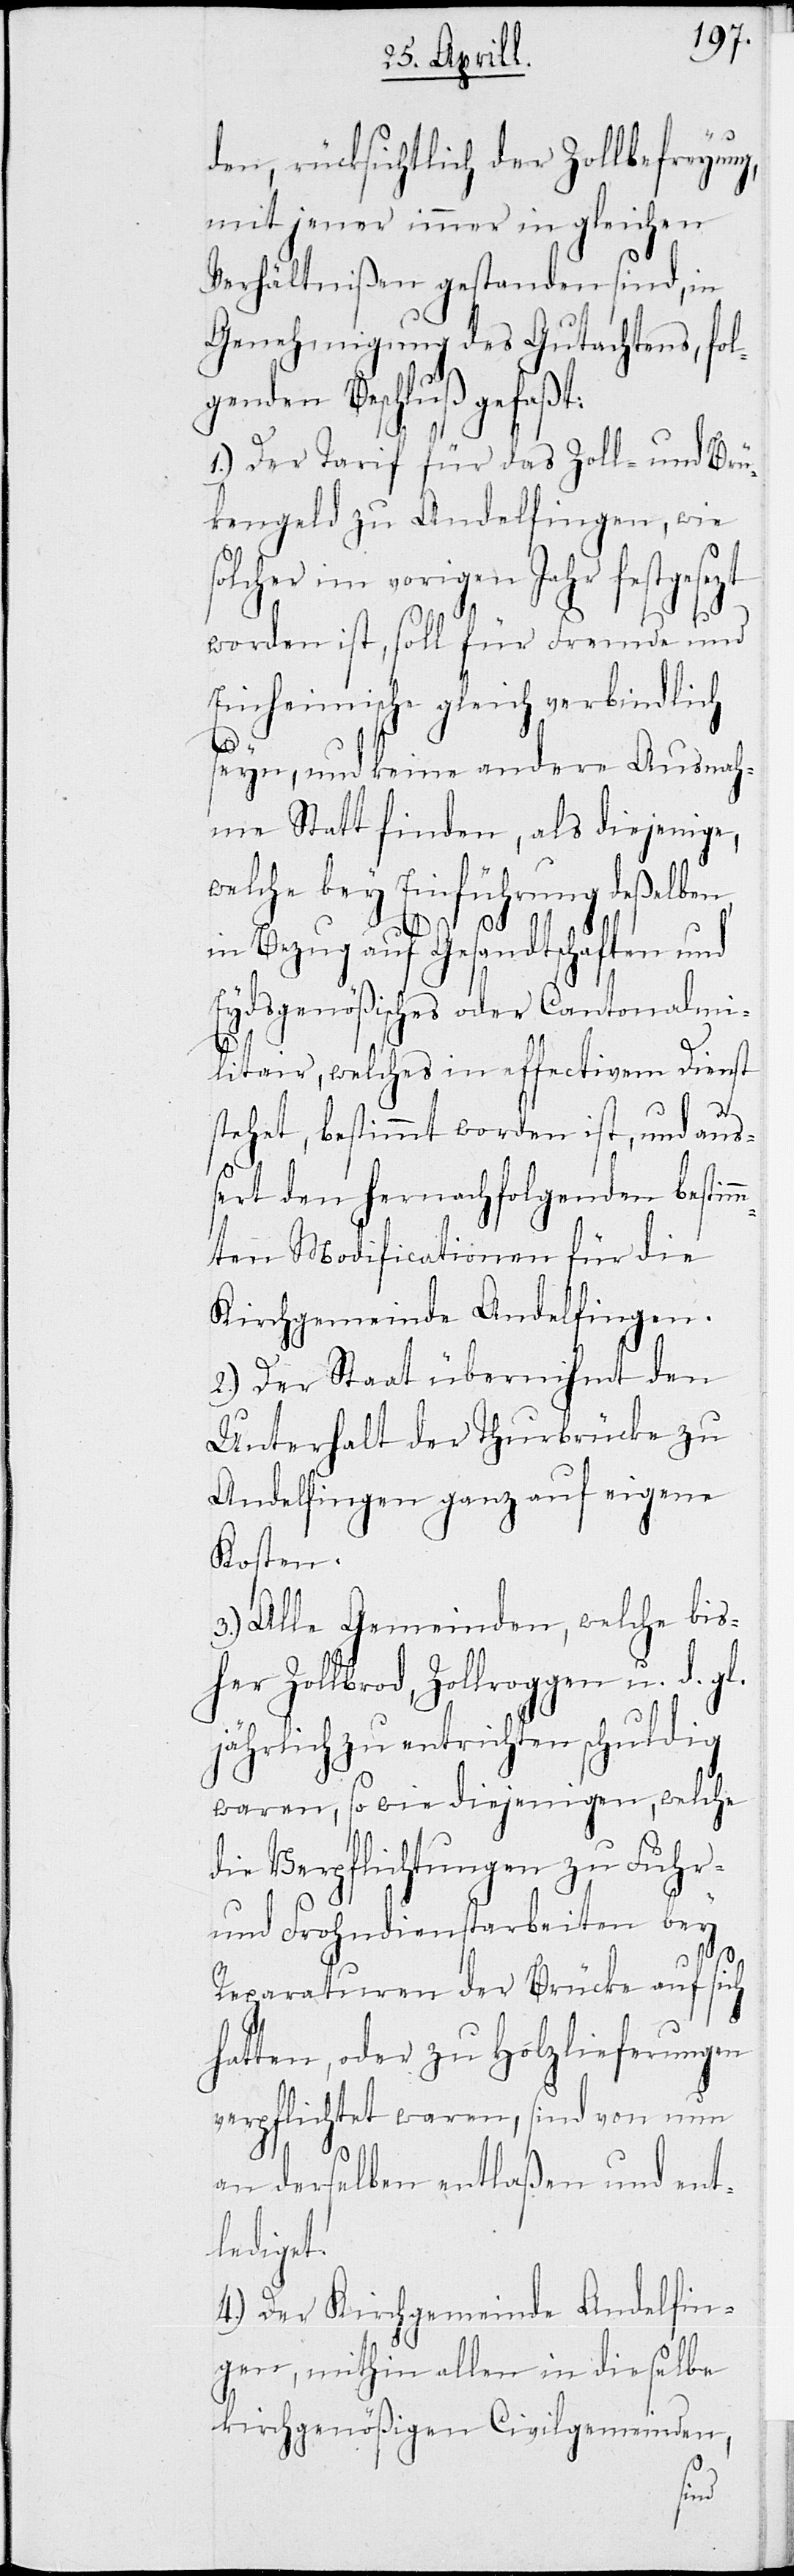
den, rücksichtlich der Zollbefreyung,
mit jener immer in gleichen
Verhältnißen gestanden sind, in
Genehmigung des Gutachtens, fol¬
genden Beschluß gefaßt:
1.) Der Tarif für das Zoll- und Brüc¬
kengeld zu Andelfingen, wie
lcher im vorigen Jahr festgeset¬
worden ist, soll für Fremde und
Einheimische gleich verbindlich
seyn, und keine andere Ausnah¬
me statt finden, als diejenige,
welche bey Einführung deßelben,
in Bezug auf Gesandtschaften und
Eydsgenößisches oder Cantonalmi¬
litair, welches in effectivem Dienst
steht, bestimmt worden ist, und auß¬
ert den hernach folgenden bestim¬
mten Modificationen für die
Kirchgemeinde Andelfingen.
2.) Der Staat übernihmt den
Unterhalt der Thurbrücke zu
Andelfingen ganz auf eigene
Kosten.
3.) Alle Gemeinden, welche bis¬
her Zollbrod, Zollroggen u. d. gl.
jährlich zu entrichten schuldig
waren, so wie diejenigen, welche
die Verpflichtungen zu Fuhr-
und Frondienstarbeiten bey
Reparaturen der Brücke auf sich
hatten, oder zu Holzlieferungen
verpflichtet waren, sind von nun
an derselben entlaßen und ent¬
lediget.
4.) Der Kirchgemeinde Andelfin¬
gen, mithin allen in dieselbe
kirchgenößigen Civilgemeinden,
zt